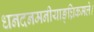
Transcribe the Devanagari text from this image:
धनदनमनीयाङ्‌घ्रिकमले।